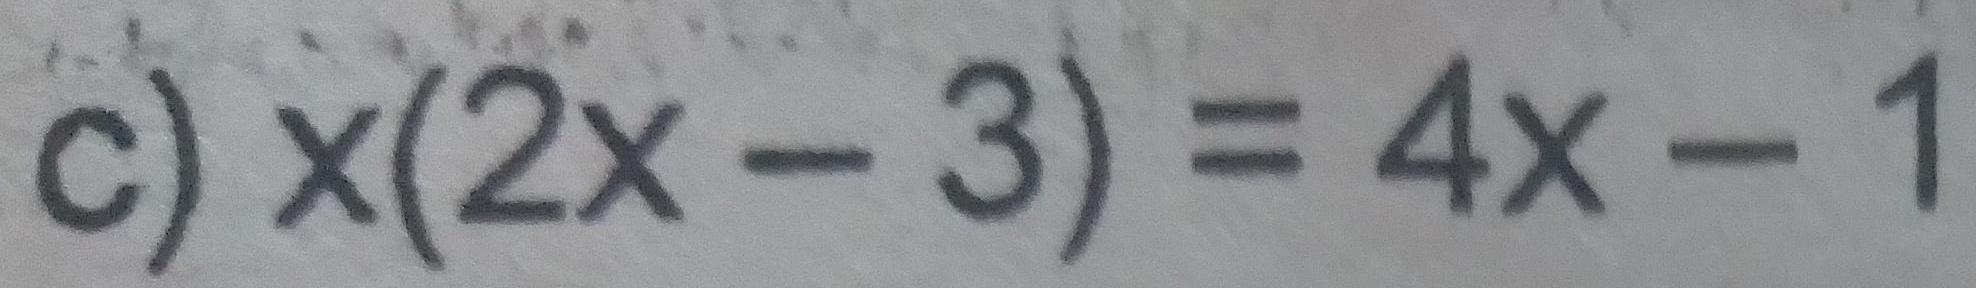
c) $x(2x - 3) = 4x - 1$